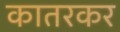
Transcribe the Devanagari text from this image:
कातरकर